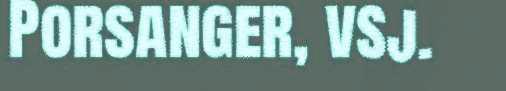
Porsanger, vsj.